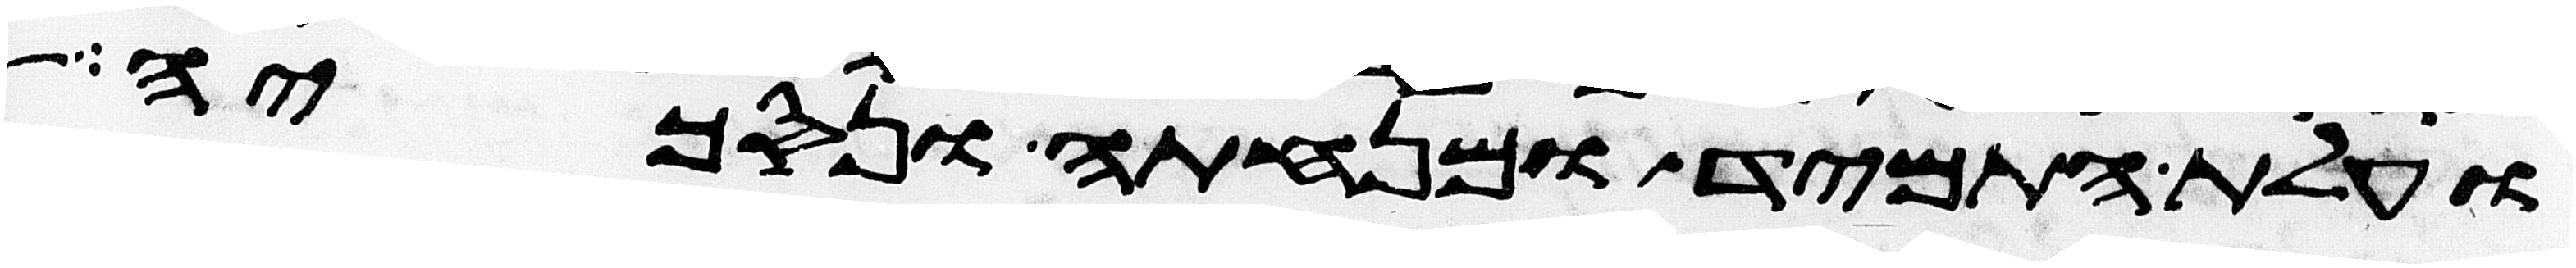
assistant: ועלת התמיד ומנחתה ונסכיה